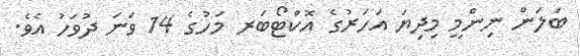
ބަލަން ނިންމީ މިދިޔަ އަހަރުގެ އޮކްޓޯބަރ މަހުގެ 14 ވަނަ ދުވަހު އެވެ.